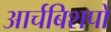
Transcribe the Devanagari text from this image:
आर्चबिशपों